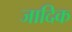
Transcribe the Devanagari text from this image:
जादिक